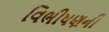
વિભીષણની